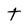
Character: t